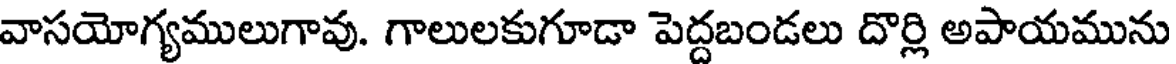
వాసయోగ్యములుగావు. గాలులకుగూడా పెద్దబండలు దొర్లి అపాయమును